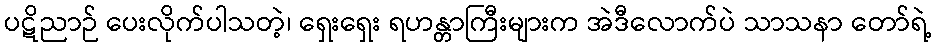
ပဋိညာဉ် ပေးလိုက်ပါသတဲ့၊ ရှေးရှေး ရဟန္တာကြီးများက အဲဒီလောက်ပဲ သာသနာ တော်ရဲ့